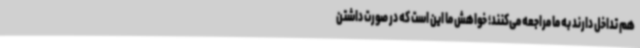
هم تداخل دارند به ما مراجعه می‌کنند؛ خواهش ما این است که در صورت داشتن